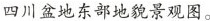
四川盆地东部地貌景观图。